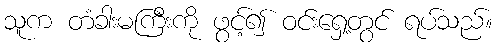
သူက တံခါးမကြီးကို ဖွင့်၍ ဝင်းရှေ့တွင် ရပ်သည်။